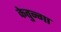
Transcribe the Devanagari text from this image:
केतुन्गा